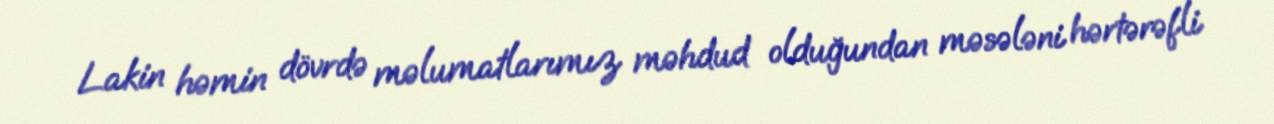
Lakin həmin dövrdə məlumatlarımız məhdud olduğundan məsələni hərtərəfli